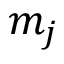
m _ { j }